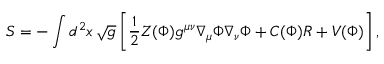
S = - \int d ^ { 2 } x \, \sqrt { g } \left[ { \frac { 1 } { 2 } } Z ( \Phi ) g ^ { \mu \nu } \nabla _ { \mu } \Phi \nabla _ { \nu } \Phi + C ( \Phi ) R + V ( \Phi ) \right] ,